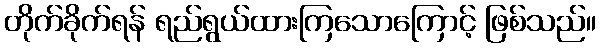
တိုက်ခိုက်ရန် ရည်ရွယ်ထားကြသောကြောင့် ဖြစ်သည်။